Jaan_Tonisson_(Lasteleht), lk 325
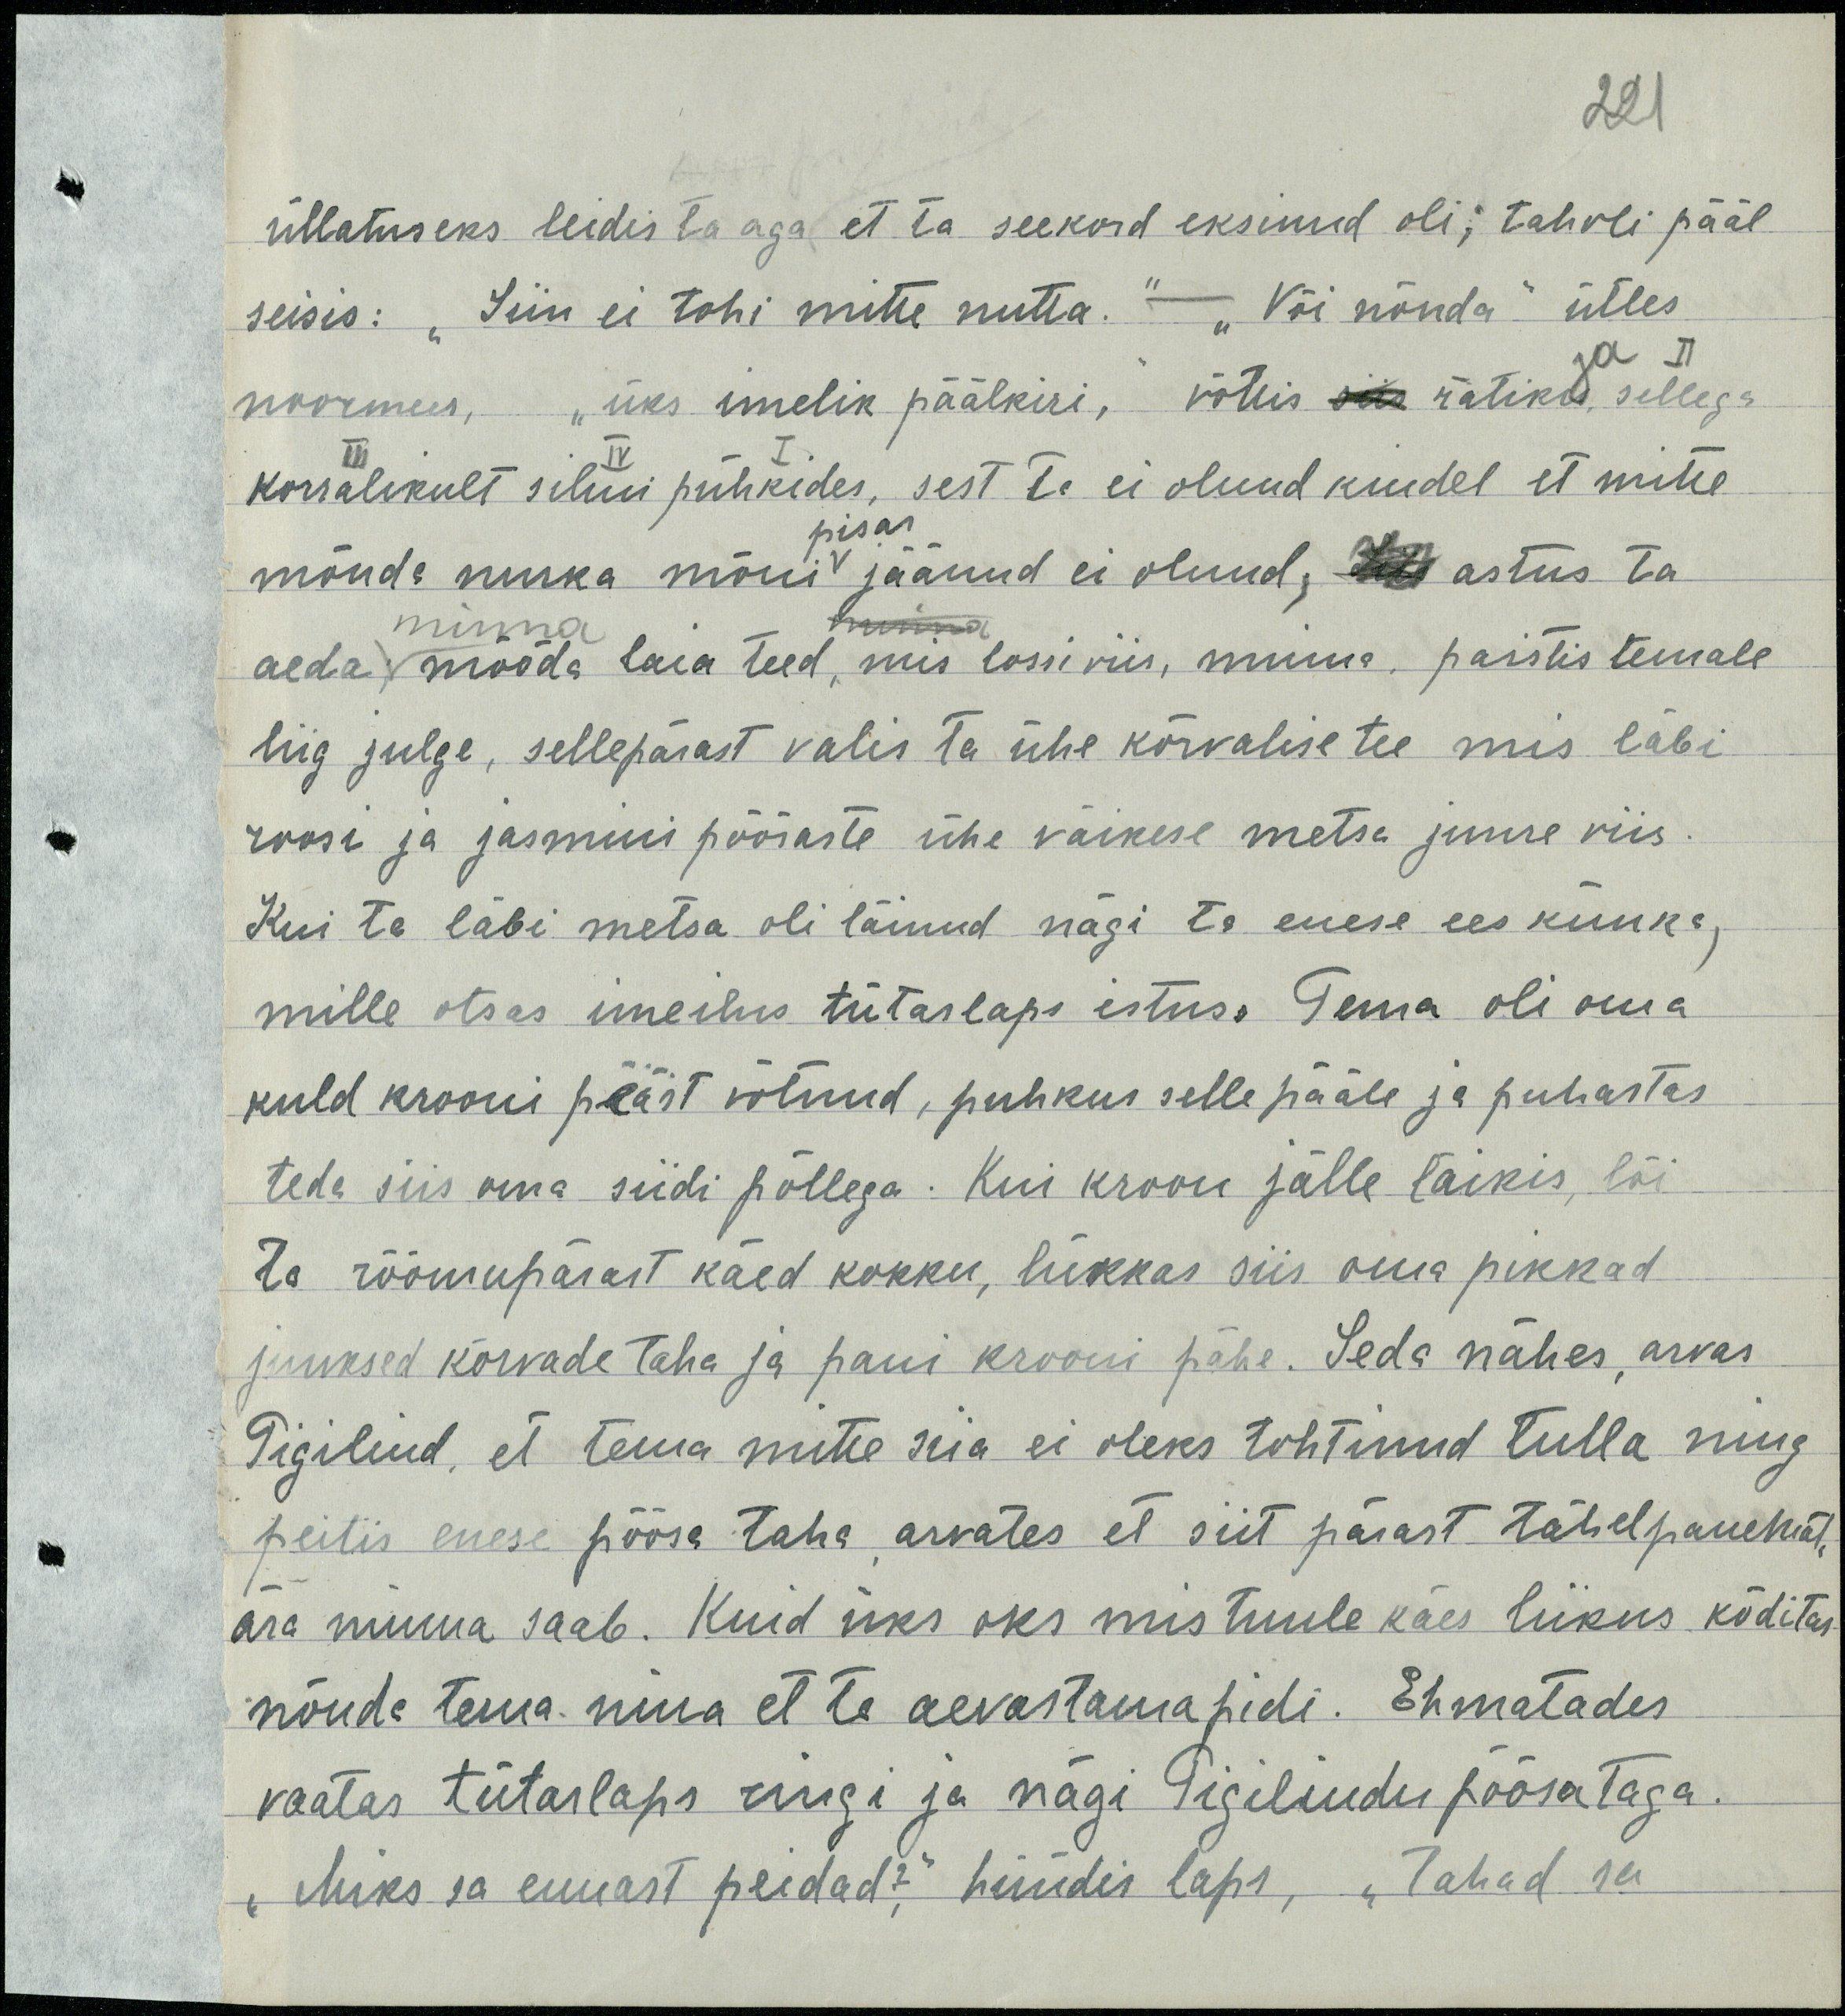
üllatuseks leidis ta aga et ta seekord eksinud oli; tahvli pääl
seisis: "Siin ei tohi mitte nutta" - "Või nõnda" ütles
noormees, "üks imelik päälkiri", võttis siia rätikud sellega
korralikult silmi pühkides, sest ta ei olnud kindel et mitte 
mõnda nurka mõni v jäänud ei olnud, Siis astus ta
aeda mööda laia teed, mis lossi viis, minna paistis temale
liig julge, sellepärast valis ta ühe kõrvalise tee mis läbi
roosi ja jasmiini põõsaste ühe väikese metsa juure viis
Kui ta läbi metsa oli läinud nägi ta enese ees künka,
mille otsas imeilus tütarlaps istus. Tema oli oma 
kuld krooni peast võtnud, puhkus selle pääle ja puhastas
teda siis oma siidi põllega. Kui kroon jälle läikis, lõi
ta rõõmupärast käed kokku, lükkas siis oma pikkad
juuksed kõrvade taha ja pani krooni pähe. Seda nähes arvas
Pigilind, et tema mitte siia ei oleks tohtinud tulla ning
peitis enese põõsa taha arvates et siit pärast tähelepanelikult
ära minna saab. Kuid üks oks mis tuule käes liikus kõditas
nõnde tema nina et ta aevastama pidi. Ehmatades
vaatas tütarlaps ringi ja nägi Pigilindu põõsataga
"Miks sa ennast peidad?", hüüdis laps, "Tahad sa